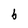
Character: b